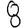
Digit: 8